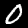
Digit: 0